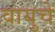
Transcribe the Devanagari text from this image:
वायुचे